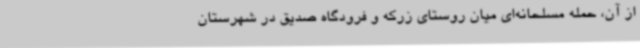
از آن، حمله مسلحانه‌ای میان روستای زرکه و فرودگاه صدیق در شهرستان